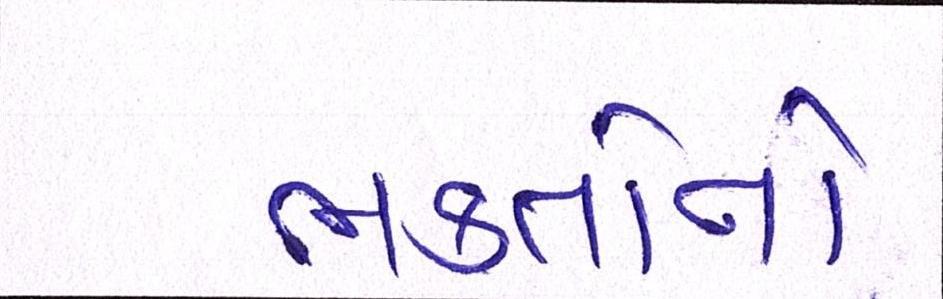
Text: ભક્તોનો